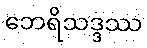
ဘေရိသဒ္ဒဿ